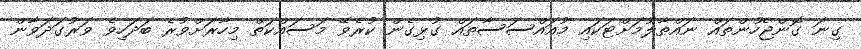
ގިނަ ގޮންޖެހުންތައް ނައްތާލުމަށްޓަކައި މުއައްސަސާތައް ގުޅިގެން ކުރެވޭ މަސައްކަތް މިހާރަށްވުރެ ބަދަހިވެ ވަރުގަދަވާން